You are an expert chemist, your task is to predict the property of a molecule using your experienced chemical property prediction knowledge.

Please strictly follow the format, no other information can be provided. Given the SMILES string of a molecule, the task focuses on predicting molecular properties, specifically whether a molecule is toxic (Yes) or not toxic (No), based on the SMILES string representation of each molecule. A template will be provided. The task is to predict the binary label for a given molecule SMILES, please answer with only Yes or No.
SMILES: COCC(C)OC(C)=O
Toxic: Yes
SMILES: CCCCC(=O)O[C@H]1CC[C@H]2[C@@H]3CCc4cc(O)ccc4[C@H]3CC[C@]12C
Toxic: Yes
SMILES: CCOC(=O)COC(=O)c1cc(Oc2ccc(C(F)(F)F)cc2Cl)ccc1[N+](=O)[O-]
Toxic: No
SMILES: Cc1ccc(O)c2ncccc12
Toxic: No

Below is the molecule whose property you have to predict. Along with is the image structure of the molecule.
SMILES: CCC(=O)O[C@H]1[C@H](O[C@@H]2[C@@H](C)[C@H](O[C@H]3C[C@@](C)(OC)[C@@H](O)[C@H](C)O3)[C@@H](C)C(=O)O[C@H](CC)[C@@](C)(O)[C@H](O)[C@@H](C)C(=O)[C@H](C)C[C@@]2(C)O)O[C@H](C)C[C@@H]1N(C)C.CCCCCCCCCCCCOS(=O)(=O)O
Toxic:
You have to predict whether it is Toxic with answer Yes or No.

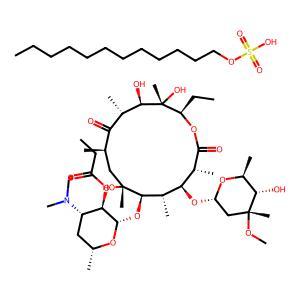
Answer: No